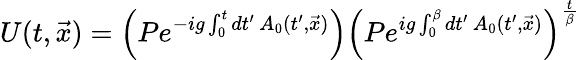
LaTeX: U(t,\vec{x})=\left(Pe^{-ig\int_{0}^{t}dt^{\prime}\, A_{0}(t^{\prime},\vec{x})}\right)\left(Pe^{ig\int_{0}^{\beta}dt^{\prime}\, A_{0}(t^{\prime},\vec{x})}\right)^{{\frac{t}{\beta}}}